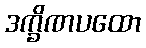
ဒက္ခိဏပထော